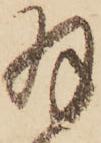
羽